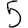
Digit: 5